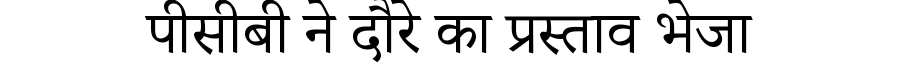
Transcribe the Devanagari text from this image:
पीसीबी ने दौरे का प्रस्ताव भेजा